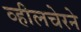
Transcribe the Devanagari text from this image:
व्हीलचेरने